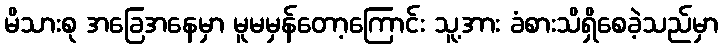
မိသားစု အခြေအနေမှာ မူမမှန်တော့ကြောင်း သူ့အား ခံစားသိရှိစေခဲ့သည်မှာ